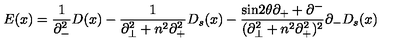
E ( x ) = \frac { 1 } { { \partial } _ { - } ^ { 2 } } D ( x ) - \frac { 1 } { { \partial } _ { \bot } ^ { 2 } + n ^ { 2 } { \partial } _ { + } ^ { 2 } } D _ { s } ( x ) - \frac { \mathrm { s i n } 2 { \theta } { \partial } _ { + } + { \partial } ^ { - } } { ( { \partial } _ { \bot } ^ { 2 } + n ^ { 2 } { \partial } _ { + } ^ { 2 } ) ^ { 2 } } { \partial } _ { - } D _ { s } ( x )